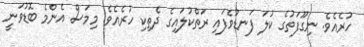
ހުރެއެވެ. ނިގޫފަތުގެ ކުލަ ފަނޑުވެފައި ރަތްކުލައިގެ ދެތިކި ހުރެއެވެ. މިމަސް އެންމެ ބޮޑުވަނީ